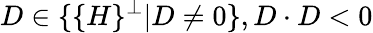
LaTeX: D\in\{ \{ H\} ^{\perp}|D\neq 0\} ,D\cdot D<0